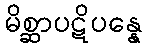
မိစ္ဆာပဋိပန္နေ